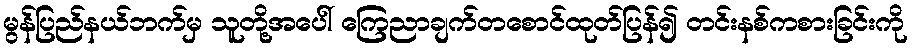
မွန်ပြည်နယ်ဘက်မှ သူတို့အပေါ် ကြေညာချက်တစောင်ထုတ်ပြန်၍ တင်းနစ်ကစားခြင်းကို